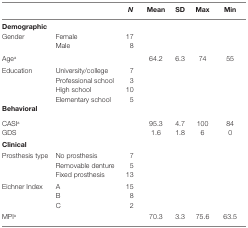
|  |  | N | Mean | SD | Max | Min |
 | --- | --- | --- | --- | --- | --- | --- |
 | <COLSPAN=7> Demographic |
 | Gender | Female | 17 |  |  |  |  |
 |  | Male | 8 |  |  |  |  |
 | Agea |  |  | 64.2 | 6.3 | 74 | 55 |
 | Education | University/college | 7 |  |  |  |  |
 |  | Professional school | 3 |  |  |  |  |
 |  | High school | 10 |  |  |  |  |
 |  | Elementary school | 5 |  |  |  |  |
 | <COLSPAN=7> Behavioral |
 | CASIa |  |  | 95.3 | 4.7 | 100 | 84 |
 | GDS |  |  | 1.6 | 1.8 | 6 | 0 |
 | <COLSPAN=7> Clinical |
 | Prosthesis type | No prosthesis | 7 |  |  |  |  |
 |  | Removable denture | 5 |  |  |  |  |
 |  | Fixed prosthesis | 13 |  |  |  |  |
 | Eichner Index | A | 15 |  |  |  |  |
 |  | B | 8 |  |  |  |  |
 |  | C | 2 |  |  |  |  |
 | MPIa |  |  | 70.3 | 3.3 | 75.6 | 63.5 |